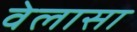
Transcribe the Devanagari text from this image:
वेलासा